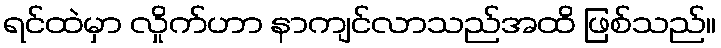
ရင်ထဲမှာ လှိုက်ဟာ နာကျင်လာသည်အထိ ဖြစ်သည်။